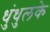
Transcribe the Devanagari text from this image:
धुंधुलके